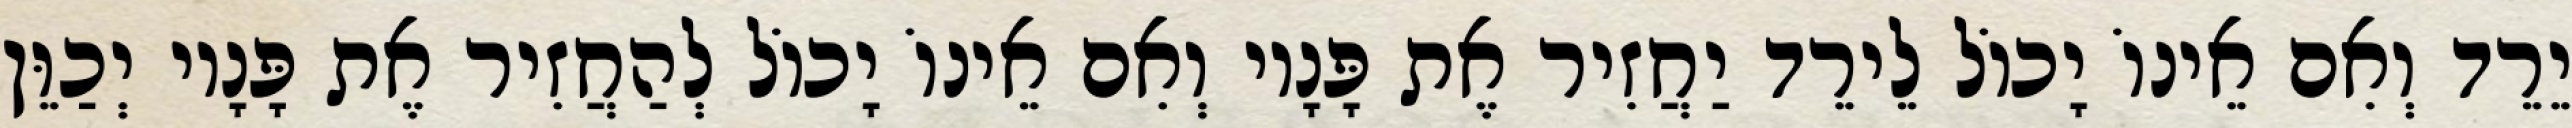
יֵרֵד וְאִם אֵינוֹ יָכוֹל לֵירֵד יַחֲזִיר אֶת פָּנָיו וְאִם אֵינוֹ יָכוֹל לְהַחֲזִיר אֶת פָּנָיו יְכַוֵּן